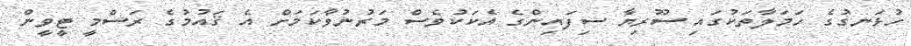
ހުޅަނގުގެ ހަމަލާތަކުގައި ސޫރިޔާ ސިފައިންގެ އެކަކުވެސް މަރުނުވާކަމަށް އެ ޤައުމުގެ ރަސްމީ ޓީވީން